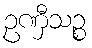
ဥဏှီသဉ္စ